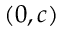
( 0 , c )